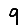
Digit: 9